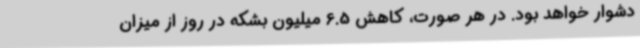
دشوار خواهد بود. در هر صورت، کاهش 6.5 میلیون بشکه در روز از میزان